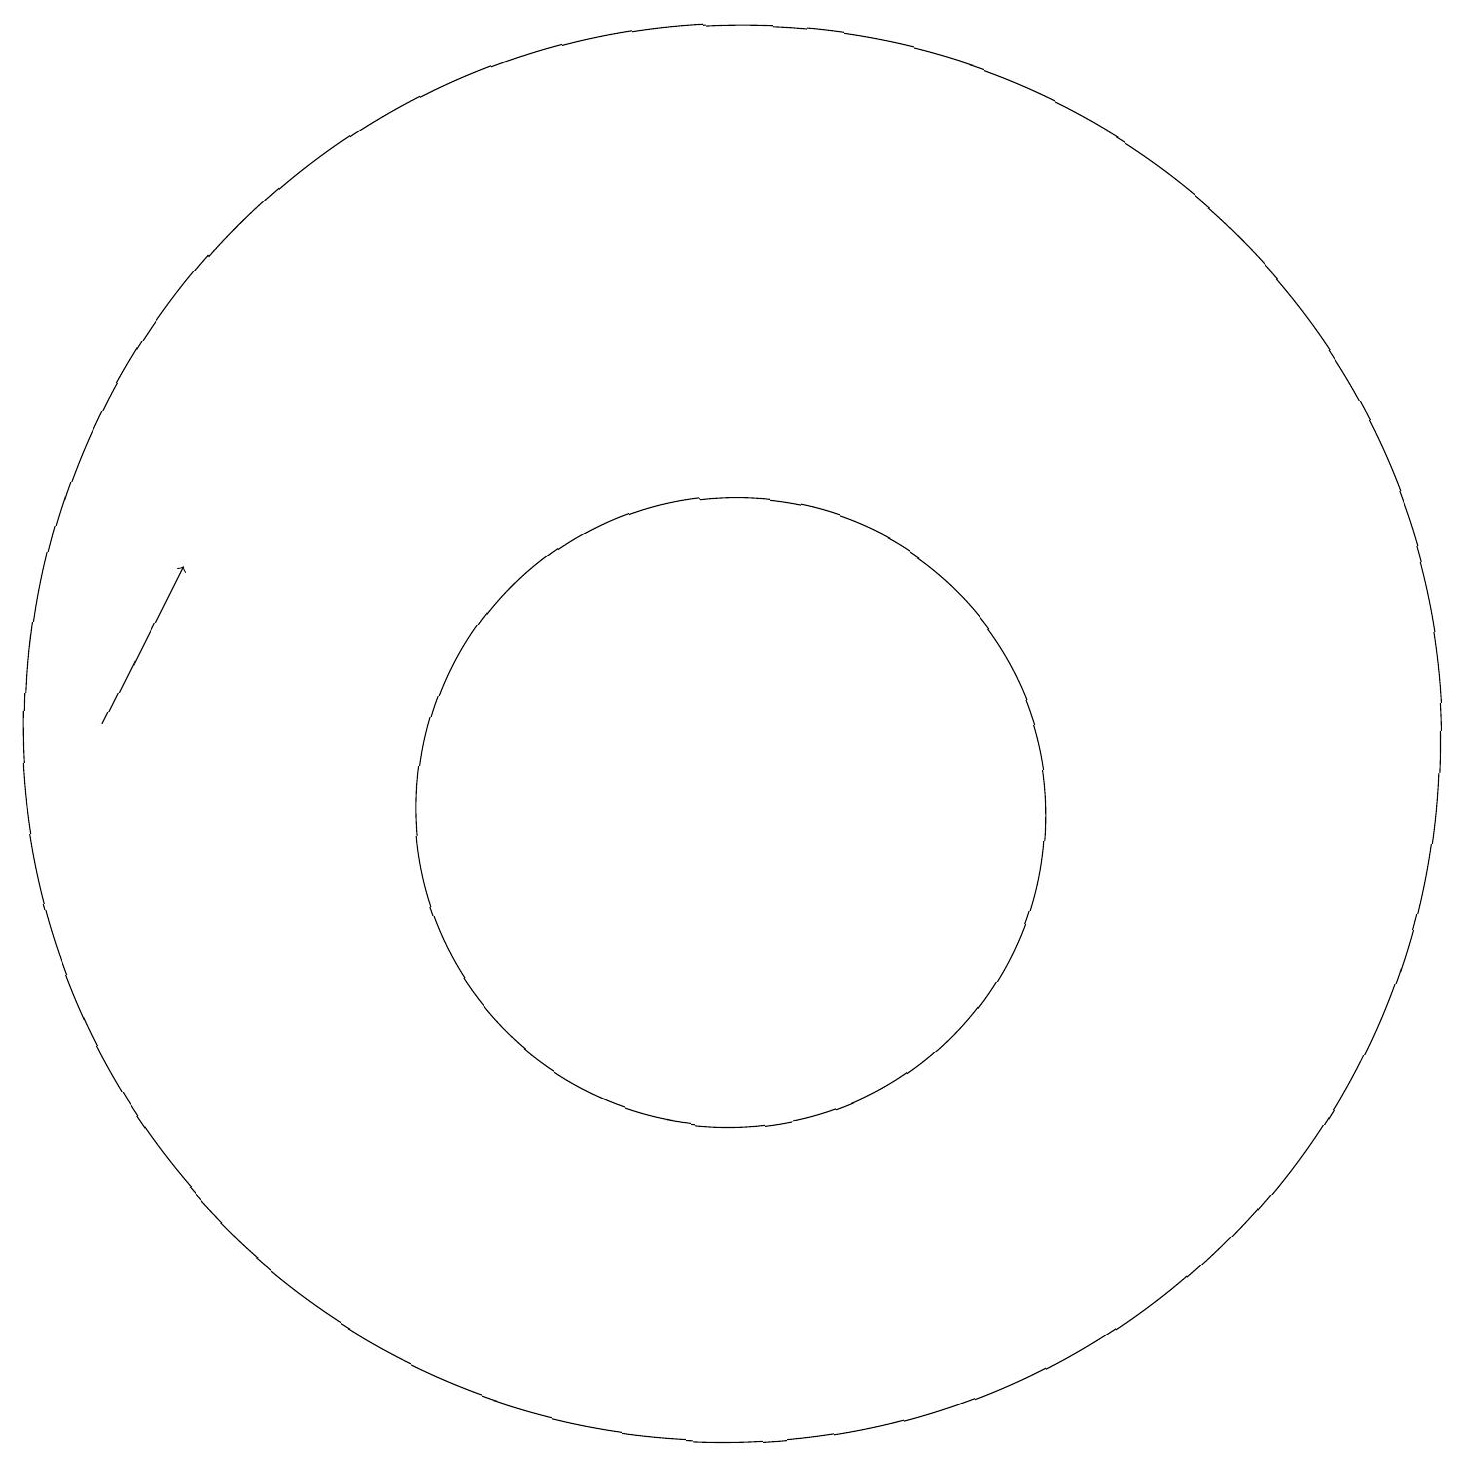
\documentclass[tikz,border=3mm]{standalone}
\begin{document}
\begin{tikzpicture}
\draw (12,10) circle (4);
\draw (12,11) circle (9);
\draw[->] (4,11) -- (5,13);
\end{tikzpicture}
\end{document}